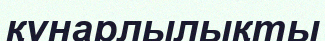
құнарлылықты